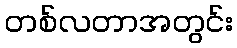
တစ်လတာအတွင်း